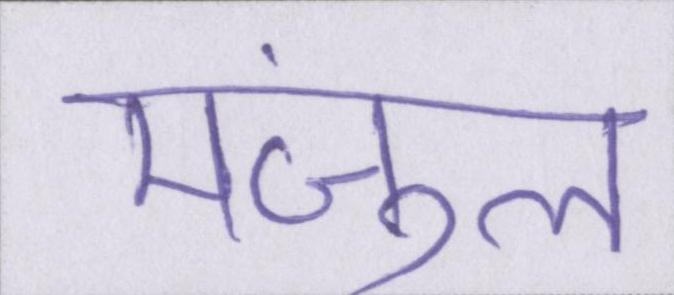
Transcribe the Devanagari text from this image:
मंजुल